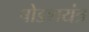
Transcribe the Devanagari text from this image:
षोडशयंत्र